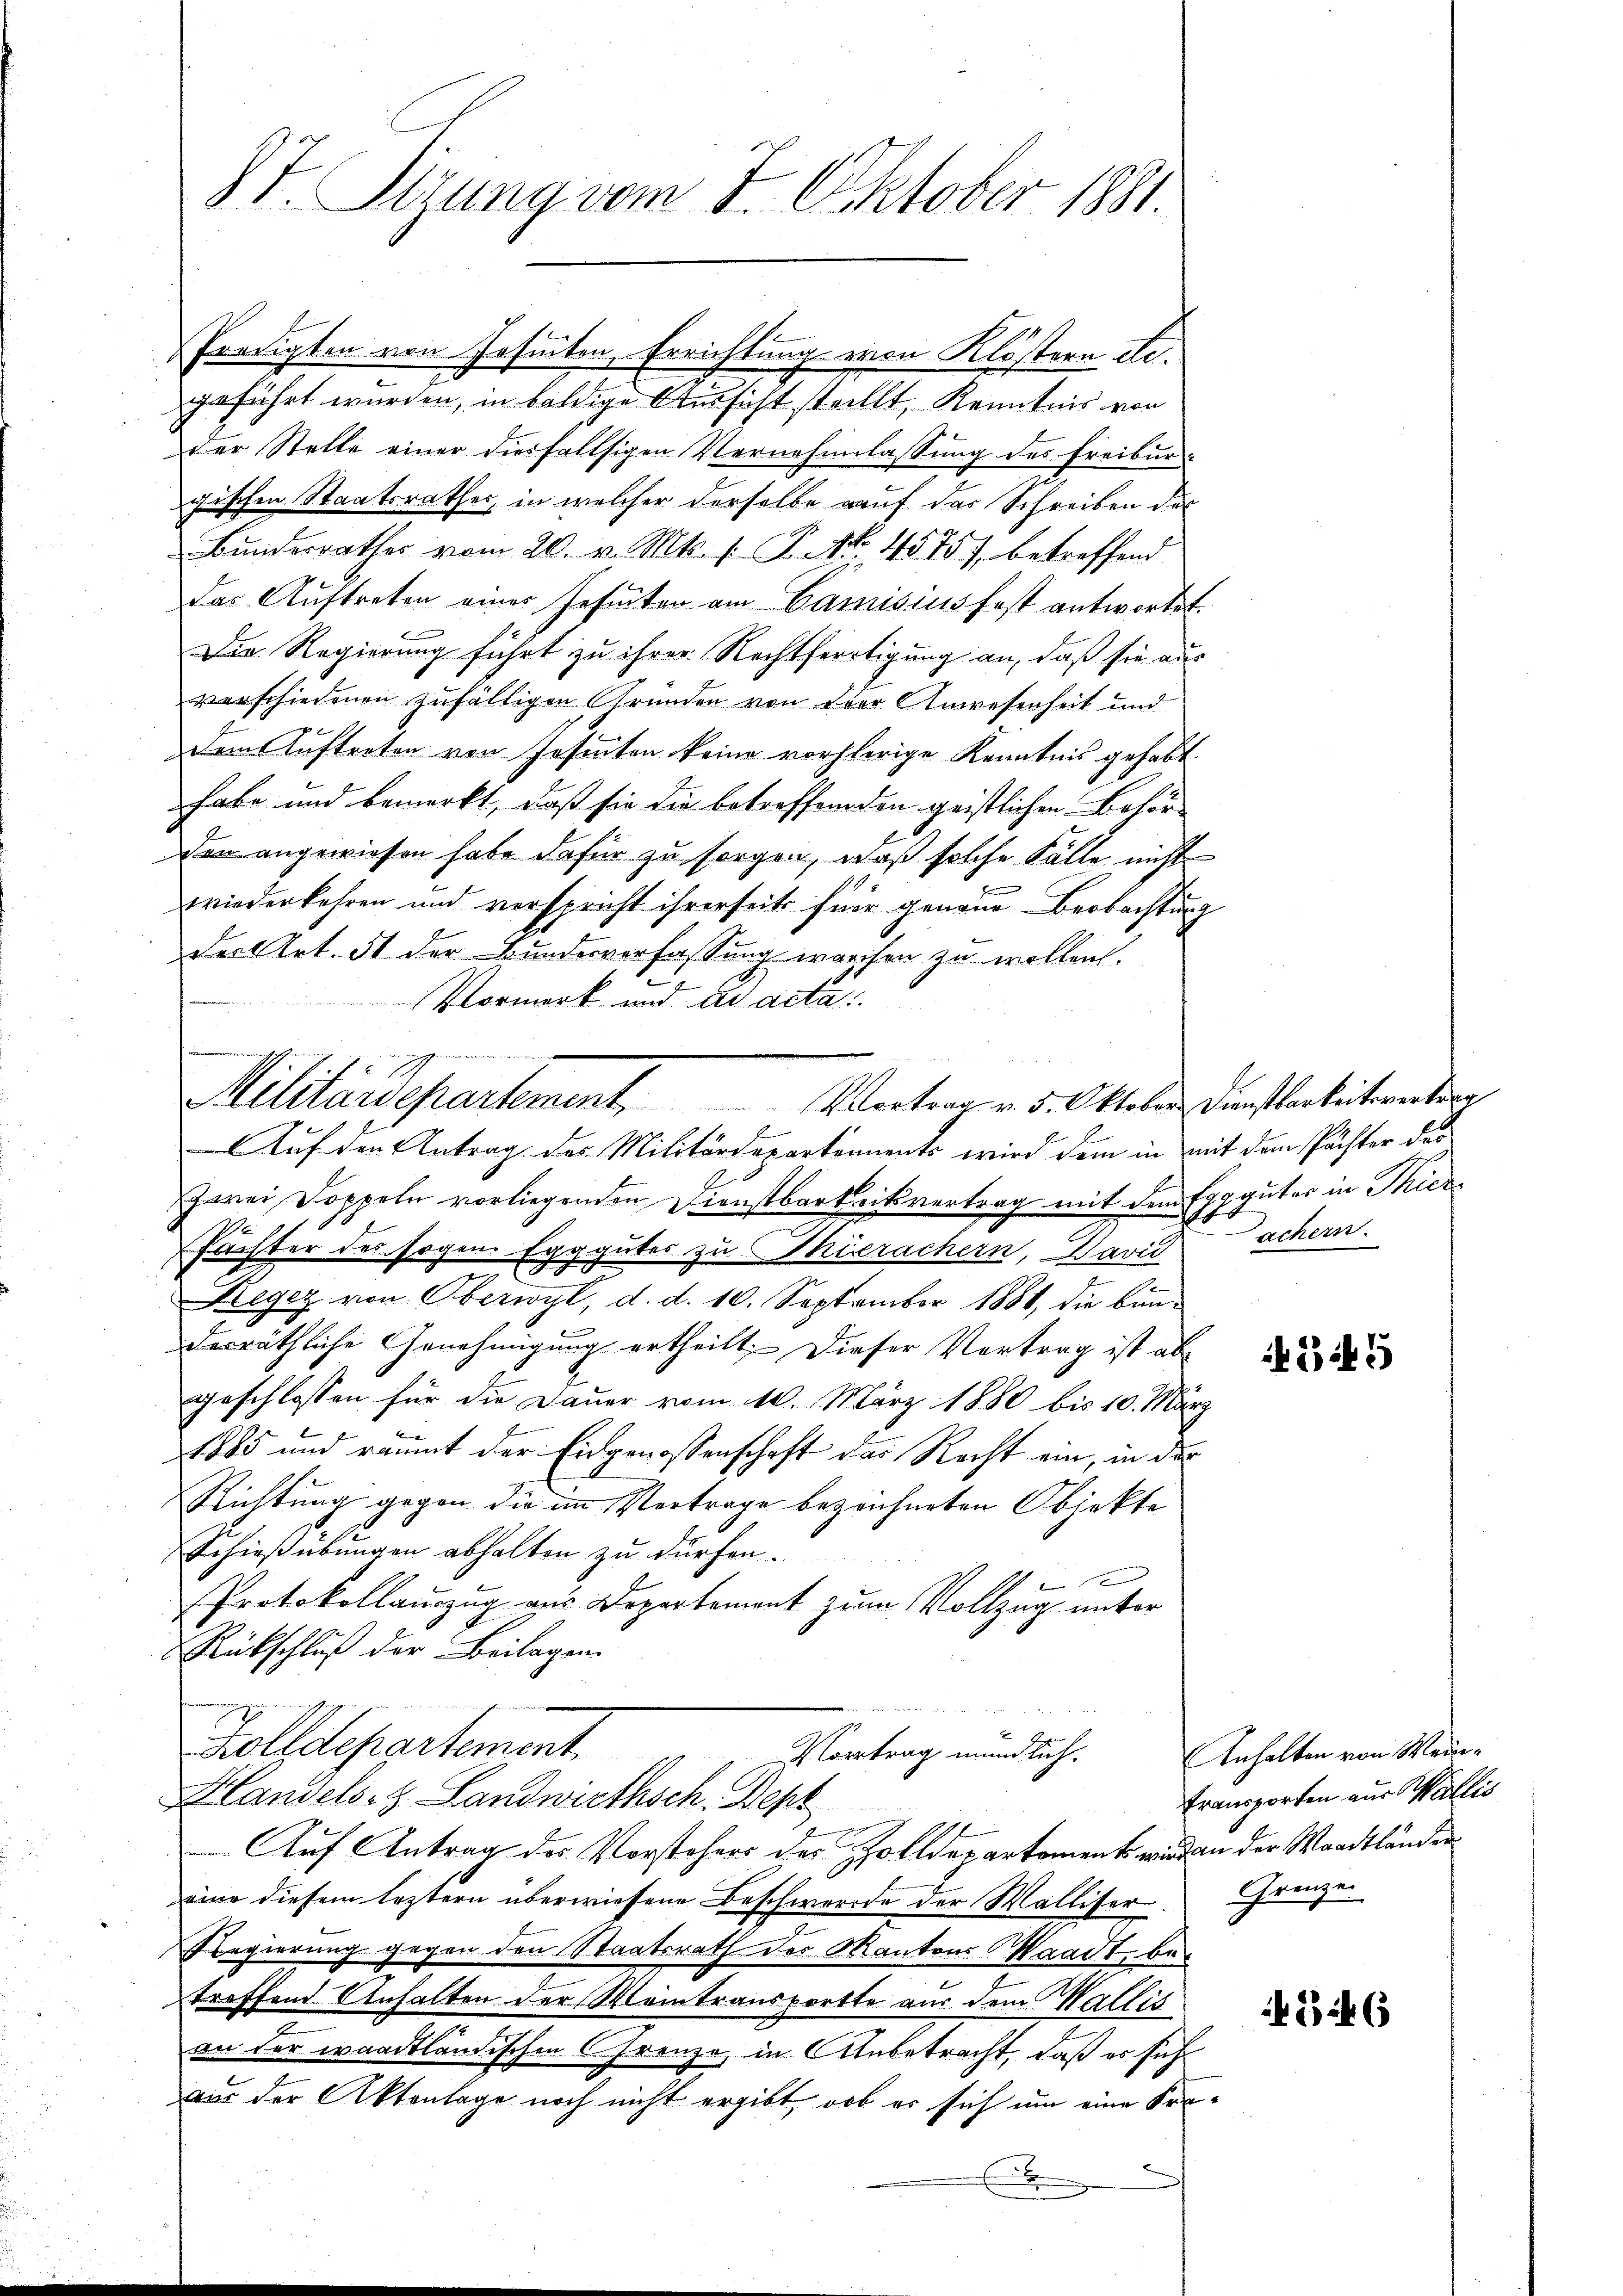
8t. Sitzung vom 8. Oktober 1881.

Predigten von Geseten, Errichtung von Klöstern degeführt wurden, in baldige Aussicht stellt, Kenntnis von
der Stelle einer diesfallsigen Vernehmlassung des Freiburgischen Staatsrathes, in welcher derselbe auf der Schreiben des
Bundesrathes vom 20. v. Mts. f. P. Nr. 4575), betreffend
das Auftreten einer Geseten am Camisius fest antwortet.
Die Regierung führt zu ihrer Rechtfertigung an, daß sie aus
verschiedenen zufälligen Gründen von der Anwesenheit und
dem Auftreten von Josenten keine vorherige Kenntnis gehabt.
habe und bemerkt, daß sie die betreffenden geistlichen Behör-
den angewiesen habe dafür zu sorgen, daß solche Fälle nicht
wiederkehren und verspricht ihrerseits für genaue Beobachtung
der Art. 51 der Bundesverfassung warchen zu wollen.

Vormerk und ad acta:

n

Militärdepartement                Vortrag v. 5. Oktober Dienstbarkeitsvertrag

Auf den Antrag des Militärdepartements wird dem in mit dem Pächter des
Zwei Doppeln vorliegenden Dienstbarkeitsvertrag mit dem Expguter in Thiere
Pächter des sogen. Egggutes zu Thierachern, Barsachern.
.
egez von Oberwyl, d. d. 10. September 1881, die bunderräthliche Genehmigung ertheilt. Dieser Vortrag ist ab
geschlossen für die Dauer vom 10. März 1880 bis 10. März
1885 und räumt der Eidgenossenschaft das Recht ein, in der
Richtung gegen die im Vertrage bezeichneten Objekte
Schießübungen abhalten zu dürfen.
x
Protokollauszug aus Departement zum Vollzug unter
Rückschluß der Beilagen.
Zolldepartement
Vortrag mündlich.
Handels- & Landwirthsch. Dep
Auf Antrag des Vorstehers der Zolldepartement wird an der Waadtländer
eine diesem leztern überwiesene Beschwerde der Walliser
Regierung gegen den Staatsrath der Kantons Waadt, betreffend Anhalten der Meintransporte aus dem Wallis
in der waadtländischen Creuze, in Anbetracht, daß es sich
vor der Aktenlage noch nicht ergibt, ob er sich um eine Fra¬
E

345

Anhalten von Wein¬
Transporten aus Wallis
Grenzen

34 6